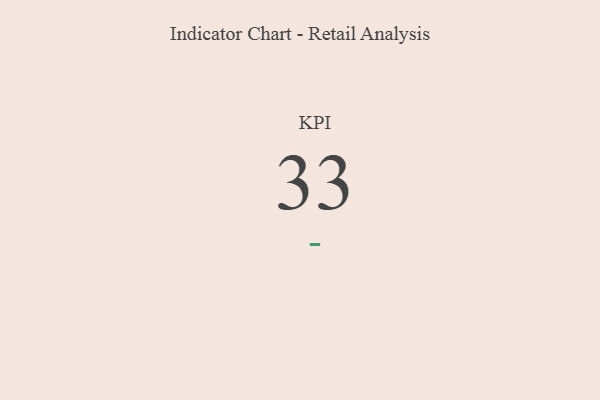
{"axis": {"x": "KPI", "y": "Value"}, "legend": [""], "data": [{"x": "KPI", "y": 33, "type": ""}]}